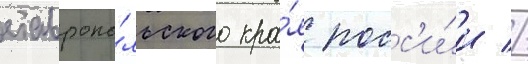
ставропо́льского кра́я росс'и́и //